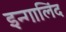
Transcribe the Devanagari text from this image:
इन्गालिंद